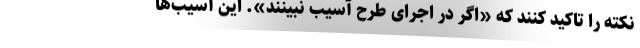
نکته را تاکید کنند که «اگر در اجرای طرح آسیب نبینند». این آسیب‌ها